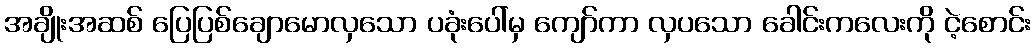
အချိုးအဆစ် ပြေပြစ်ချောမောလှသော ပခုံးပေါ်မှ ကျော်ကာ လှပသော ခေါင်းကလေးကို ငဲ့စောင်း